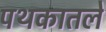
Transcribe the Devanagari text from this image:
पथकातले